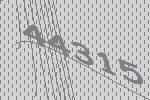
44315